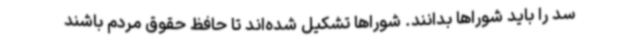
سد را باید شوراها بدانند. شوراها تشکیل شده‌اند تا حافظ حقوق مردم باشند